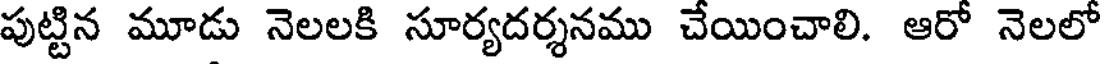
పుట్టిన మూడు నెలలకి సూర్యదర్శనము చేయించాలి. ఆరో నెలలో